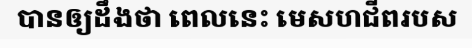
បានឲ្យដឹងថា ពេលនេះ មេសហជីពរបស